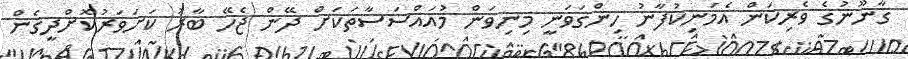
ގާނޫނުގެ ވެރިކަން އެމަނިކުފާނު ހިންގަވަނީ މިނިވަން މުއައްސަސާތަކަށް ދޭން ޖެހޭ ބާރު ކަށަވަރުކޮށްދީގެން